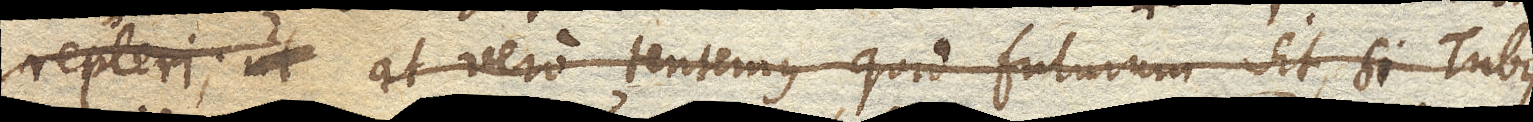
repleri; at vero tentemus quid futurum sit, si Tubus